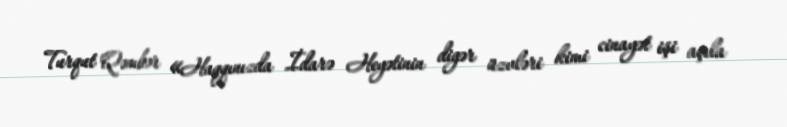
Turqut Qəmbər «Haqqınızda İdarə Heyətinin digər üzvləri kimi cinayət işi açıla